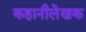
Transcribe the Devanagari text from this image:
कहानीलेखक